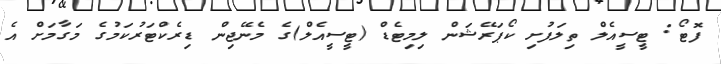
ފޮޓޯ: ޓީސީއެލް ތިލަފުށި ކޯޕަރޭޝަން ލިމިޓެޑް (ޓީސީއެލް)ގެ މެނޭޖިން ޑިރެކްޓަރުކަމުގެ މަގާމަށް އެ